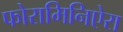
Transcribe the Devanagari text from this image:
फोरामिनिऐरा